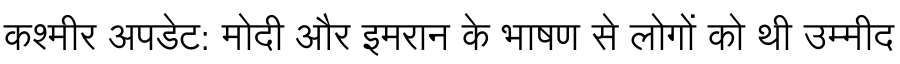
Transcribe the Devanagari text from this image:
कश्मीर अपडेट: मोदी और इमरान के भाषण से लोगों को थी उम्मीद